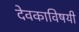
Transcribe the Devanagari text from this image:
देवकाविषयी